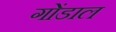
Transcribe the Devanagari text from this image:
गोंडाल